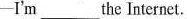
-I'm ___ the Internet.